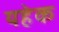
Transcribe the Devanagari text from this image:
यहेक